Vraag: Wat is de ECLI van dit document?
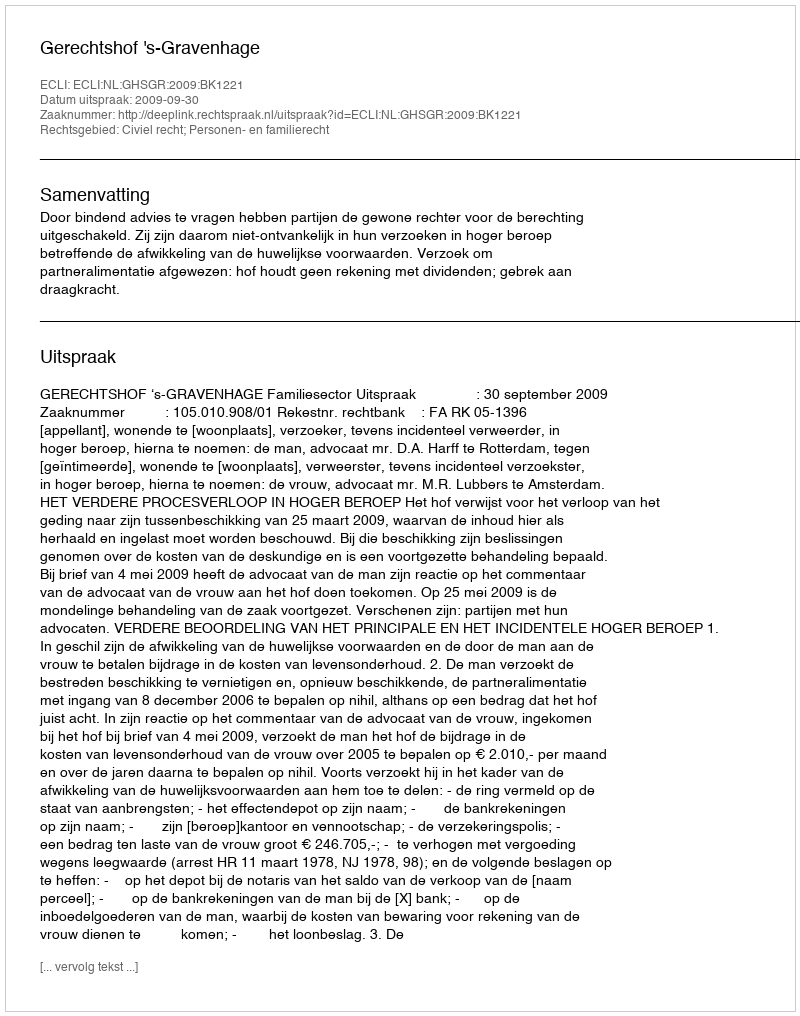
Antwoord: ECLI:NL:GHSGR:2009:BK1221